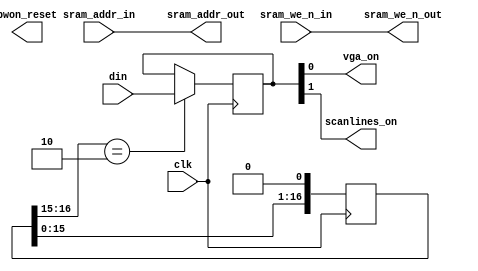
`timescale 1ns / 1ps
`default_nettype none

//////////////////////////////////////////////////////////////////////////////////
// Company: AZXUNO
// 
// Design Name:    
// Module Name:    config_retriever
// Project Name:   Modulo para extraer la configuracion inicial RGB-VGA de la SRAM
// Target Devices: ZXUNO Spartan 6
// Additional Comments: all rights reserved for now
//
//////////////////////////////////////////////////////////////////////////////////

module config_retriever (
  input  wire        clk,
  input  wire [20:0] sram_addr_in,
  input  wire        sram_we_n_in,
  output wire [20:0] sram_addr_out,
  output wire        sram_we_n_out,
  input  wire [7:0]  din,
  output wire        pwon_reset,
  output wire        vga_on,
  output wire        scanlines_on
  );
  
  reg [7:0] videoconfig = 8'h00;
  reg [31:0] shift_master_reset = 32'hFFFFFFFF;
  
  always @(posedge clk) begin
    shift_master_reset <= {shift_master_reset[30:0], 1'b0};
    if (shift_master_reset[16:15] == 2'b10)
      videoconfig <= din;
  end
  assign pwon_reset = shift_master_reset[63];
  
  assign sram_addr_out = (pwon_reset == 1'b1)? 21'h008FD5 : sram_addr_in;
  assign sram_we_n_out = (pwon_reset == 1'b1)? 1'b1       : sram_we_n_in;
  assign vga_on = videoconfig[0];
  assign scanlines_on = videoconfig[1];
endmodule